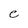
Character: e